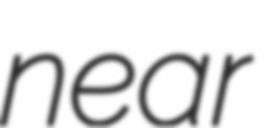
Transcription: near